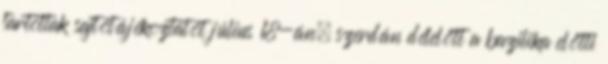
tartottak sajtótájékoztatót július 18-án, szerdán délelőtt a bazilika előtti